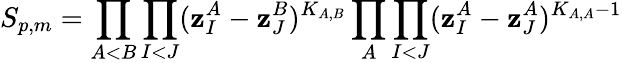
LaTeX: S_{p,m}=\prod_{A<B}\prod_{I<J}(\mathbf{z}_{I}^{A}-\mathbf{z}_{J}^{B})^{K_{A,B}}\prod_{A}\prod_{I<J}(\mathbf{z}_{I}^{A}-\mathbf{z}_{J}^{A})^{K_{A,A}-1}